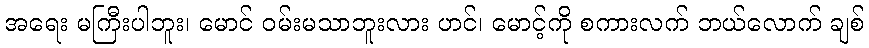
အရေး မကြီးပါဘူး၊ မောင် ဝမ်းမသာဘူးလား ဟင်၊ မောင့်ကို စကားလက် ဘယ်လောက် ချစ်